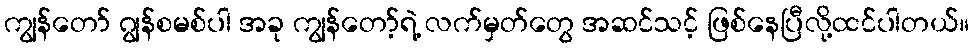
ကျွန်တော် ဂျွန်စမစ်ပါ အခု ကျွန်တော့်ရဲ့ လက်မှတ်တွေ အဆင်သင့် ဖြစ်နေပြီလို့ထင်ပါတယ်။